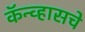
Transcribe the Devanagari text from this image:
कॅन्व्हासचे